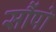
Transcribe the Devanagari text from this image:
सौंपो